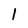
Character: 1